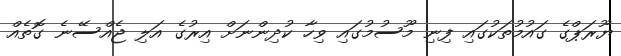
ޔޫރަޕްގެ ގައުމުތަކުގައި ފިނި މޫސުމުގައި ވިހާ ކުދިންނަށް އިރުގެ އަލި ޖެއްސޭނެ ގޮތެއް